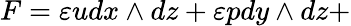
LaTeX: F=\varepsilon udx\wedge dz+\varepsilon pdy\wedge dz+